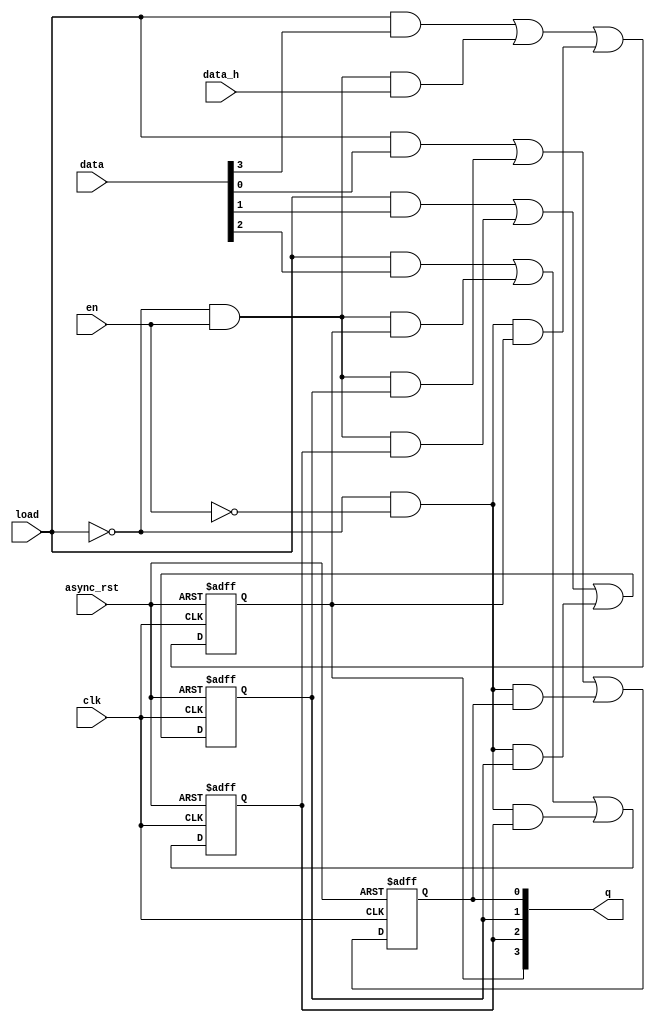
`timescale 1ns/1ps

module right_shift_reg
    #(parameter DW=4)
    (
    input wire clk,
    input wire async_rst,
    input wire load,
    input wire en,
    input wire [DW-1:0] data,
    input wire data_h,
    output reg [DW-1:0] q
    );

    // bit DW-1
    always @(posedge clk or posedge async_rst)
        if(async_rst)
            q[DW-1]<=0;
        else
            q[DW-1]<=load&data[DW-1]|(~load)&en&data_h|(~load)&(~en)&q[DW-1];

    // bit [DW-2:0]
    genvar i;
    generate
        for(i=0;i<DW-1;i=i+1)
            begin:dff_array
                always @(posedge clk or posedge async_rst)
                    if(async_rst)
                        q[i]<=0;
                    else 
                        q[i]<=load&data[i]|(~load)&en&q[i+1]|(~load)&(~en)&q[i];
            end
    endgenerate
endmodule